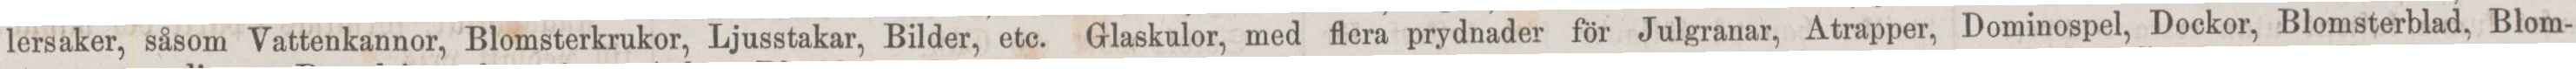
lersaker, såsom Vattenkannor, Blomsterkrukor, Ljusstakar, Bilder, etc. Glaskulor, med flera prydnader för Julgranar, Atrapper, Dominospel, Dockor, Blomsterblad, Blom-